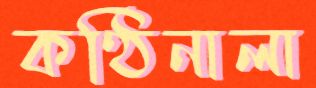
কণ্ঠিনালা